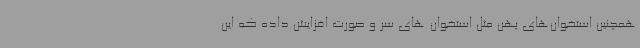
همچنین استخوان‌های پهن مثل استخوان‌ های سر و صورت افزایش داده که این